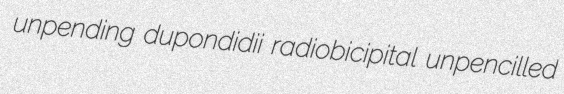
unpending dupondidii radiobicipital unpencilled